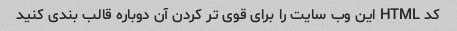
کد HTML این وب سایت را برای قوی تر کردن آن دوباره قالب بندی کنید